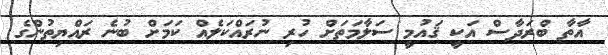
އާތާ ބްރަދާސް އަކީ ޤައުމީ ސަލާމަތަށް ހުރި ނުރައްކަލެއް ކަމަށް ބުނެ ރައްޔިތުންގެ